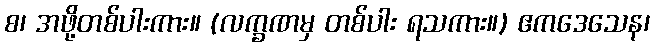
စ၊ အဖို့တစ်ပါးကား။ (လက္ခဏမှ တစ်ပါး ရသကား။) ဧကဒေသေန၊